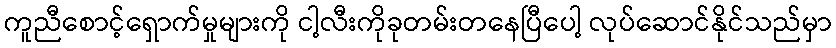
ကူညီစောင့်ရှောက်မှုများကို ငါ့လီးကိုခုတမ်းတနေပြီပေါ့ လုပ်ဆောင်နိုင်သည်မှာ